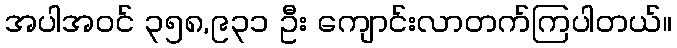
အပါအဝင် ၃၅၈,၉၃၁ ဦး ကျောင်းလာတက်ကြပါတယ်။